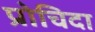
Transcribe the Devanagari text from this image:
प्रोचिदा